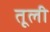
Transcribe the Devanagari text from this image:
तूली